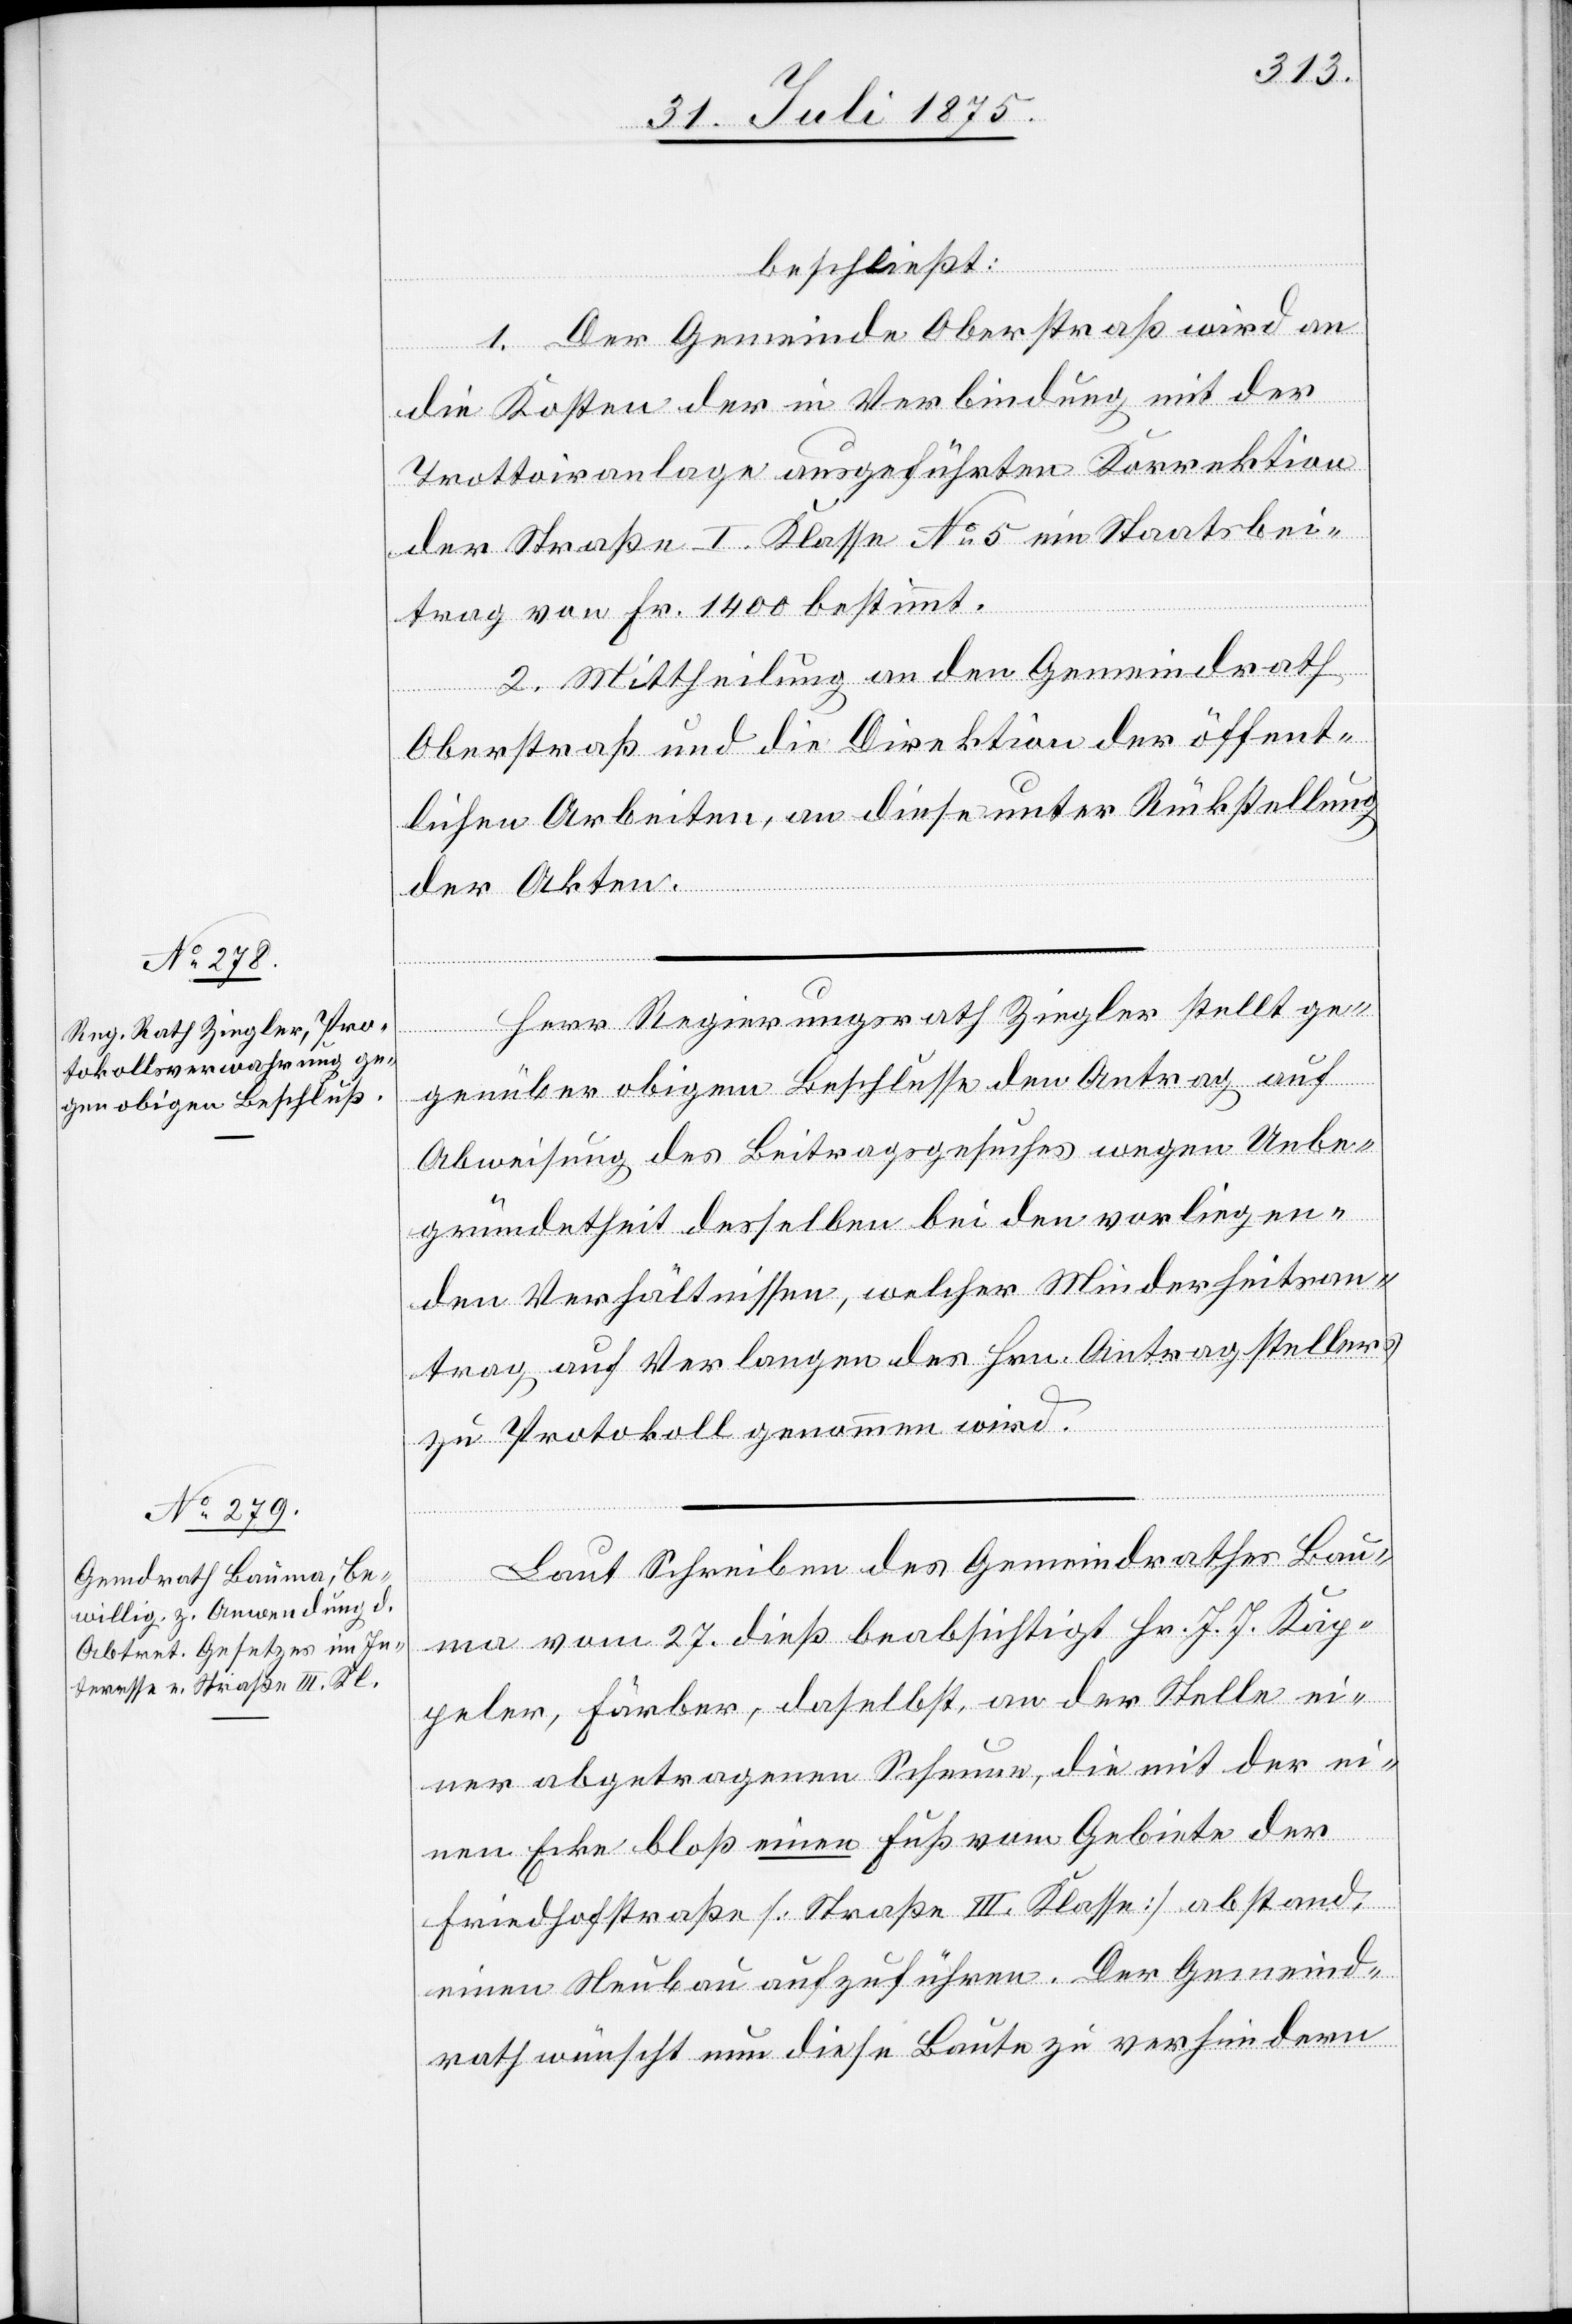
beschließt:
1. Der Gemeinde Oberstraß wird an
die Kosten der in Verbindung mit der
Trottoiranlage ausgeführten Korrektion
der Straße I. Klasse No 5 ein Staatsbei¬
trag von Fr. 1400 bestimmt.
2. Mittheilung an den Gemeindrath
Oberstraß und die Direktion der öffent¬
lichen Arbeiten, an diese unter Rückstellung
der Akten.
Herr Regierungsrath Ziegler stellt ge¬
genüber obigem Beschlusse den Antrag auf
Abweisung des Beitragsgesuches wegen Unbe¬
gründetheit desselben bei den vorliegen¬
den Verhältnissen, welcher Minderheitsan¬
trag auf Verlangen des Hrn. Antragstellers
zu Protokoll genommen wird.
Laut Schreiben des Gemeindrathes Bau¬
ma vom 27. dieß beabsichtigt Hr. J. J. Kap¬
peler, Färber, daselbst, an der Stelle ei¬
ner abgetragenen Scheune, die mit der ei¬
nen Ecke bloß einen Fuß vom Gebiete der
Friedhofstraße [Straße III. Klasse] abstand,
einen Neubau aufzuführen. Der Gemeind¬
rath wünscht nun diese Baute zu verhindern